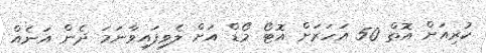
ކުރިއަށް އޮތް 50 އަހަރަށް އޮޓޯ މޯޑް އަށް ލެވިފައިވާނަމަ ދެން އަނެއް